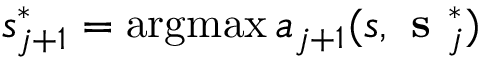
s _ { j + 1 } ^ { * } = \operatorname { a r g m a x } a _ { j + 1 } ( s , \textbf { s } _ { j } ^ { * } )